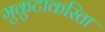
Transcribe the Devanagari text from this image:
मुकुटाकरिता